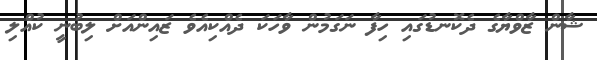
ޝާން ޒާވްޔާގެ ދެކޮނޑުގައި ހިފާ ނަގަމުން ވާހަކަ ދެއްކިއެވެ ޒައިންއަށް ލިބުނީ ކުއްލި